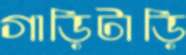
গাড়িটাড়ি